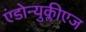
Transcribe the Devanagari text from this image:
एंडोन्युक्लीएज